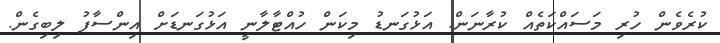
ކުރެވެން ހުރި މަސައްކަތެއް ކުރާނަން. އަޅުގަނޑު މިކަން ހުއްޓާލާނީ އަޅުގަނޑަށް އިންސާފު ލިބިގެން.